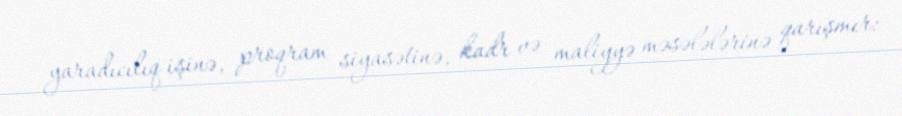
yaradıcılıq işinə, proqram siyasətinə, kadr və maliyyə məsələlərinə qarışmır: